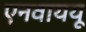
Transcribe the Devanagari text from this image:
एनवाययू